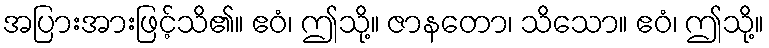
အပြားအားဖြင့်သိ၏။ ဧဝံ၊ ဤသို့။ ဇာနတော၊ သိသော။ ဧဝံ၊ ဤသို့။